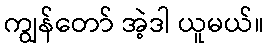
ကျွန်တော် အဲ့ဒါ ယူမယ်။